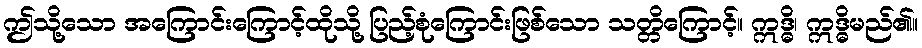
ဤသို့သော အကြောင်းကြောင့်ထိုသို့ ပြည့်စုံကြောင်းဖြစ်သော သတ္တိကြောင့်။ ဣဒ္ဓိ၊ ဣဒ္ဓိမည်၏။